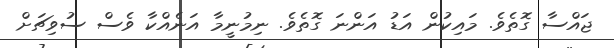
ޖައްސާ ގޮތެވެ. މައިކުން އަޑު އަންނަ ގޮތެވެ. ނިމުނީމާ އަނެއްކާ ވެސް ސުވިޗަށް